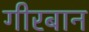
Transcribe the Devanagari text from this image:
गीरबान